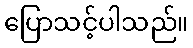
ပြောသင့်ပါသည်။